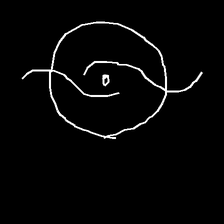
Glyph: repetition